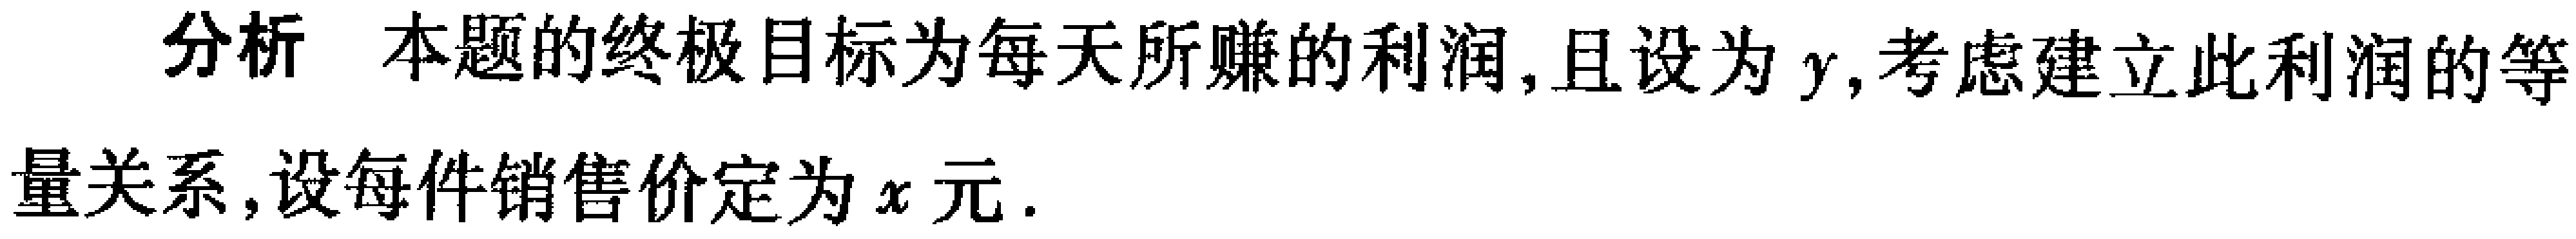
分析 本题的终极目标为每天所赚的利润,且设为\(y\),考虑建立此利润的等

量关系,设每件销售价定为\(x\)元.